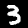
Digit: 3